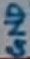
Text: GND